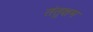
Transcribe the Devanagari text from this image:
तंतुक्षम